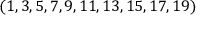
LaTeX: ( 1 , 3 , 5 , 7 , 9 , 1 1 , 1 3 , 1 5 , 1 7 , 1 9 )